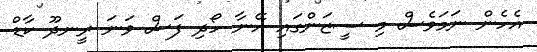
އެހެން ނަމަވެސް މި ސީޒަންގައި އޭނާ ހޯދި ފަސް ވަނަ ރީނދޫ ކާޑް